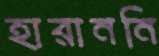
হারাননি